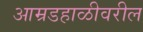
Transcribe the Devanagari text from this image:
आम्रडहाळीवरील